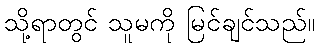
သို့ရာတွင် သူမကို မြင်ချင်သည်။